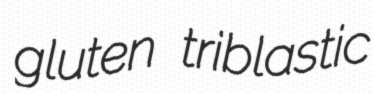
gluten triblastic